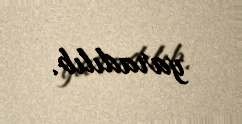
yaradılıb.